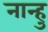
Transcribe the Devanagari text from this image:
नान्हु